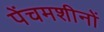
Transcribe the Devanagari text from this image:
पेंचमशीनों